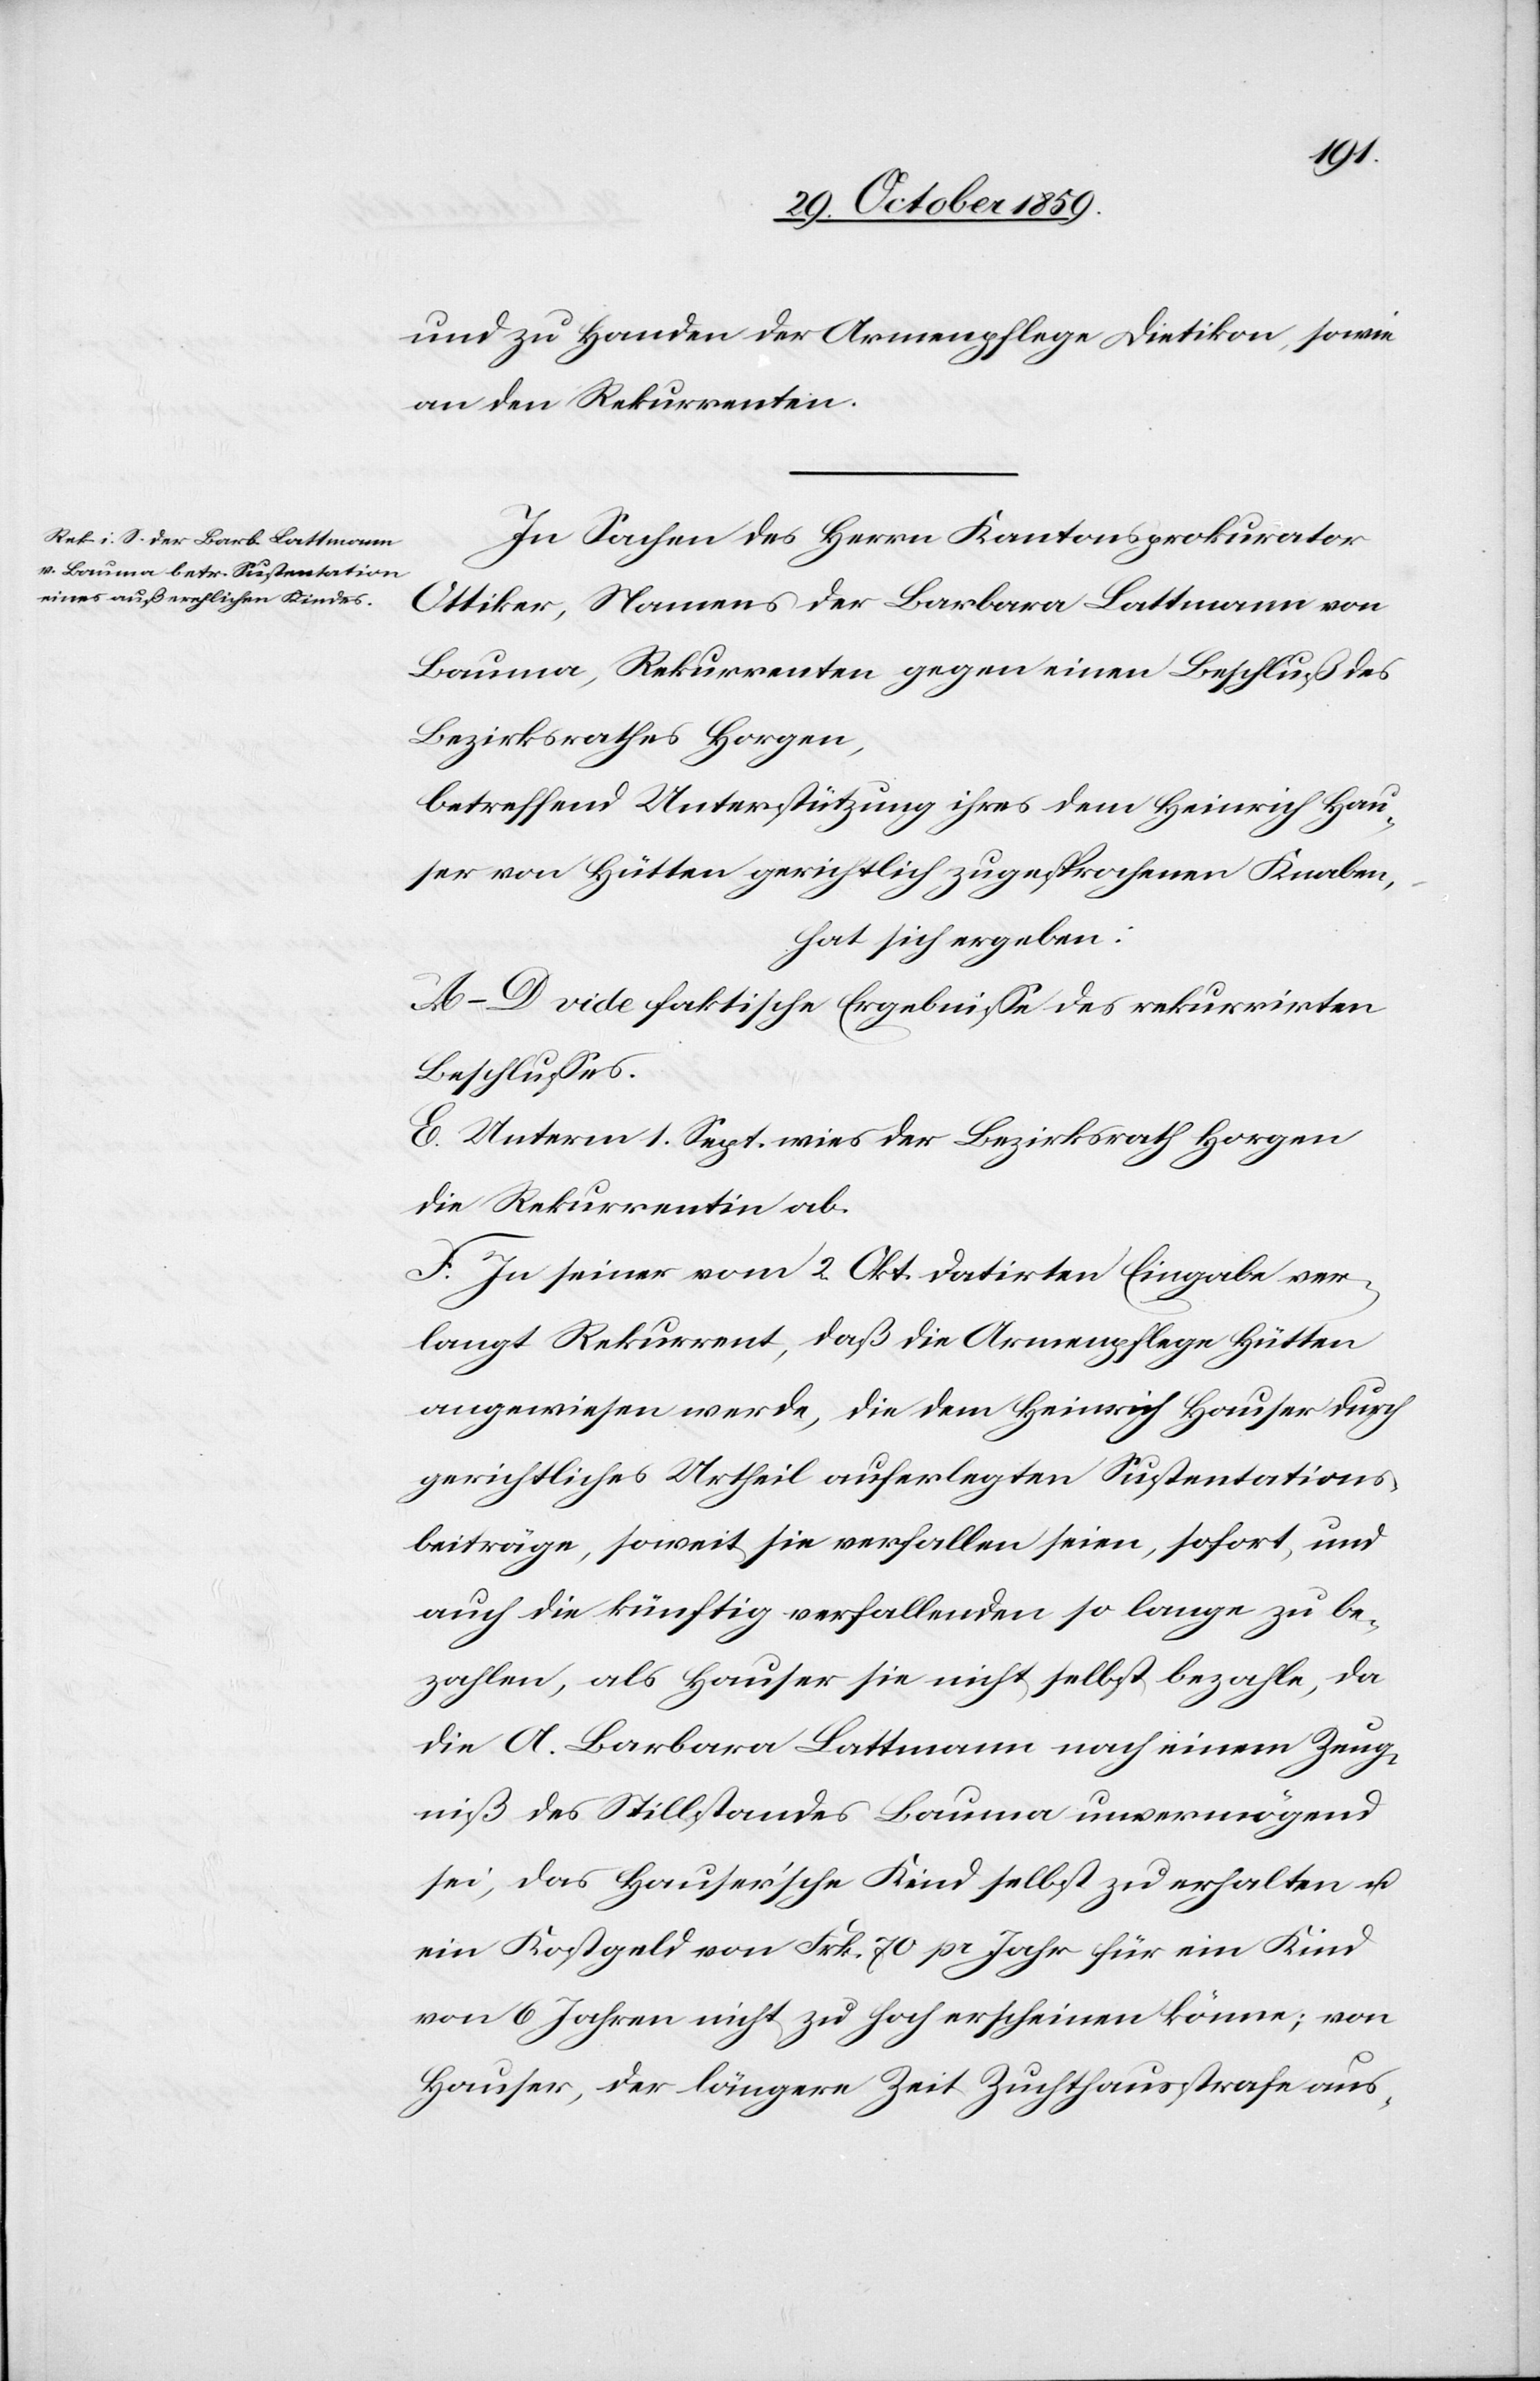
und zu Handen der Armenpflege Dietikon, sowie
an den Rekurrenten.
In Sachen des Herrn Kantonsprokurator
Ottiker, Namens der Barbara Lattmann von
Bauma, Rekurrenten gegen einen Beschluß des
Bezirksrathes Horgen,
betreffend Unterstützung ihres dem Heinrich Hau¬
ser von Hütten gerichtlich zugesprochenen Knaben,
hat sich ergeben:
A–D vide faktische Ergebnisse des rekurrirten
Beschlusses.
E. Unterm 1. Sept. wies der Bezirksrath Horgen
die Rekurrentin ab.
F. In seiner vom 2. Okt. datirten Eingabe ver¬
langt Rekurrent, daß die Armenpflege Hütten
angewiesen werde, die dem Heinrich Hauser durch
gerichtliches Urtheil auferlegten Sustentations¬
beiträge, soweit sie verfallen seien, sofort und
auch die künftig verfallenden so lange zu be¬
zahlen, als Hauser sie nicht selbst bezahle, da
die A. Barbara Lattmann nach einem Zeug¬
niß des Stillstandes Bauma unvermögend
sei, das hauser’sche Kind selbst zu erhalten &
ein Kostgeld von Frk. 70 pr Jahr für ein Kind
von 6 Jahren nicht zu hoch erscheinen könne; von
Hauser, der längere Zeit Zuchthausstrafe aus-